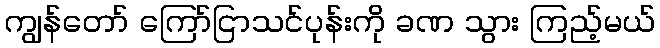
ကျွန်တော် ကြော်ငြာသင်ပုန်းကို ခဏ သွား ကြည့်မယ်